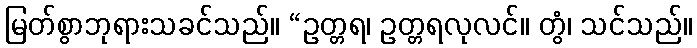
မြတ်စွာဘုရားသခင်သည်။ “ဥတ္တရ၊ ဥတ္တရလုလင်။ တွံ၊ သင်သည်။